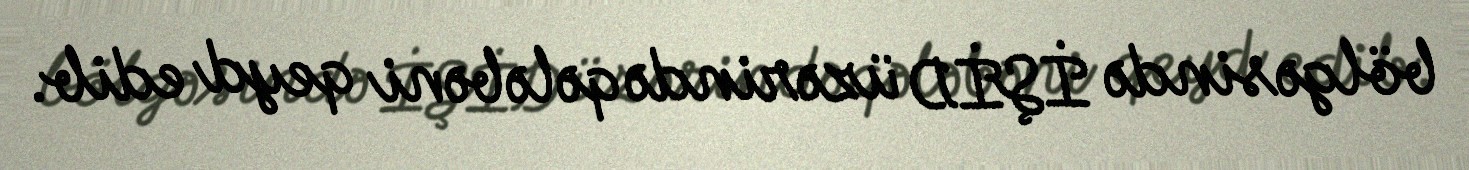
bölgəsində İŞİD üzərində qələbəni qeyd edib.